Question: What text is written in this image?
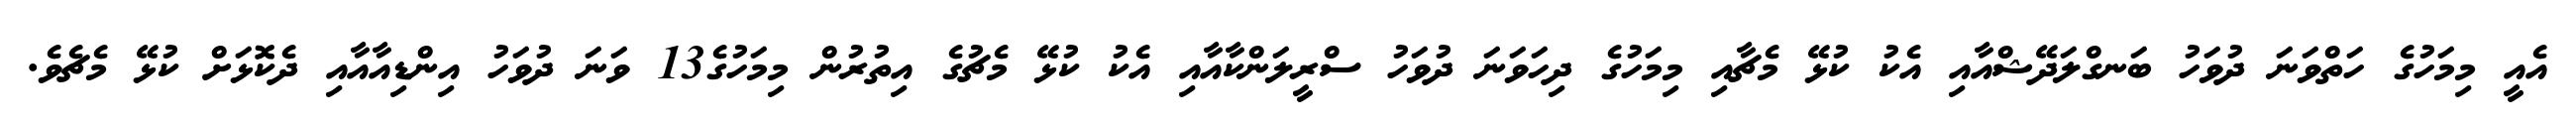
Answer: އެއީ މިމަހުގެ ހަތްވަނަ ދުވަހު ބަނގްލަދޭޝްއާއި އެކު ކުޅޭ މެޗާއި މިމަހުގެ ދިހަވަނަ ދުވަހު ސްރީލަންކާއާއި އެކު ކުޅޭ މެޗުގެ އިތުރުން މިމަހުގެ13 ވަނަ ދުވަހު އިންޑިއާއާއި ދެކޮޅަށް ކުޅޭ މެޗެވެ.